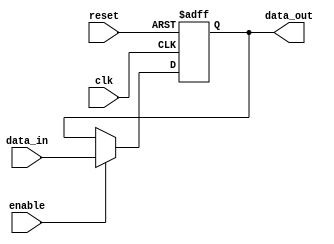
module output_register (
    input wire clk,          // Clock signal
    input wire reset,        // Asynchronous reset signal
    input wire enable,       // Enable signal
    input wire [N-1:0] data_in, // Data input from combinational logic
    output reg [N-1:0] data_out // Output register
);
    parameter N = 8; // Define the width of the register (can be adjusted)

    // Asynchronous reset and synchronous capture on clock edge
    always @(posedge clk or posedge reset) begin
        if (reset) begin
            data_out <= {N{1'b0}}; // Set output to zero on reset
        end else if (enable) begin
            data_out <= data_in; // Capture data on clock edge if enabled
        end
        // If enable is low, retain previous value (no action needed)
    end
endmodule